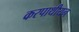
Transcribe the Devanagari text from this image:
करपाथीयन